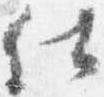
仕